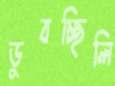
ডুবচ্ছিলি